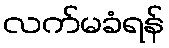
လက်မခံရန်